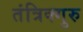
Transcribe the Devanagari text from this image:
तंत्रिक्गुरु